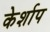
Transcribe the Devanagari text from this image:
केर्शाप